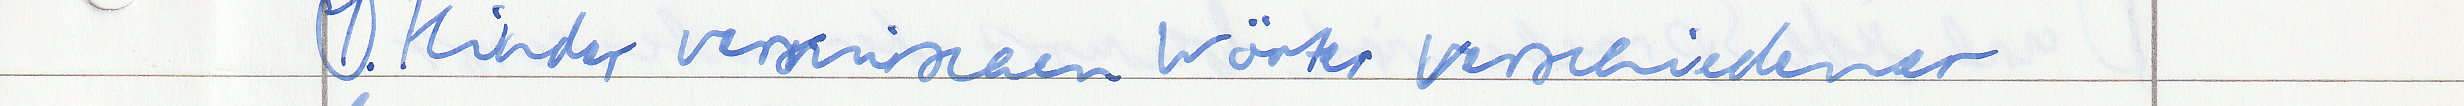
1. Kinder vermischen Wörter verschiedener